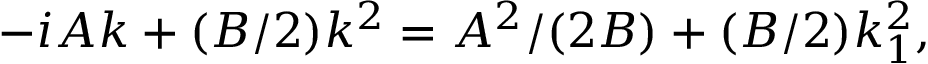
\begin{array} { r } { - i A k + ( B / 2 ) k ^ { 2 } = A ^ { 2 } / ( 2 B ) + ( B / 2 ) k _ { 1 } ^ { 2 } , } \end{array}